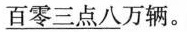
\underline{百零三点八}万辆。